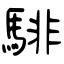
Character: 騑